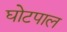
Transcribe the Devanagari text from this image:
घोटपाल